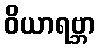
ဝိယာရဗ္ဘာ